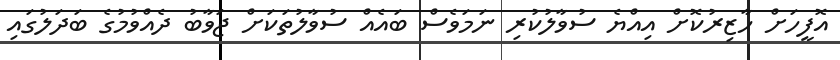
އޮފީހަށް ހާޒިރުކޮށް އިއްޔެ ސުވާލުކުރި ނަމަވެސް ބައެއް ސުވާލުތަކަށް ޖަވާބު ދެއްވުމުގެ ބަދަލުގައި